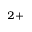
^ { 2 + }